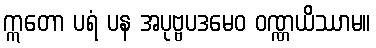
ဣတော ပရံ ပန အပုဗ္ဗပဒမေဝ ဝဏ္ဏယိဿာမ။